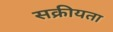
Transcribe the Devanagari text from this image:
सक्रीयता